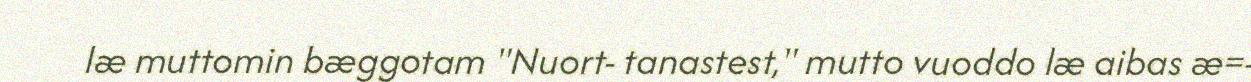
læ muttomin bæggotam "Nuort- tanastest," mutto vuoddo læ aibas æ=-